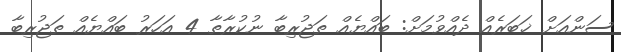
ސަންއަށް ޚަބަރެއް ދެއްވުމަށް: ބައްޔެއް ތަޖުރިބާ ނުކުރާތާ 4 އަހަރު ބައްޔެއް ތަޖުރިބާ